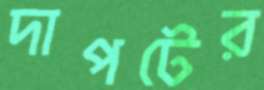
দাপটের